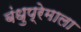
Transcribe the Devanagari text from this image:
बंधुप्रेमाला